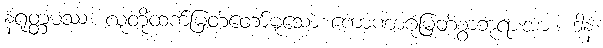
နရုတ္တမဿ၊ လူတို့ထက်မြတ်တော်မူသော ကောဏာဂုံမြတ်စွာဘုရားအား။ ဒါနံ၊